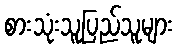
စားသုံးသူပြည်သူများ